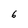
Character: 6